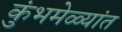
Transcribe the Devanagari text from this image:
कुंभमेळ्यांत